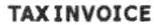
TAXINVOICE